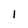
Character: 1